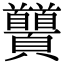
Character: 𩖐